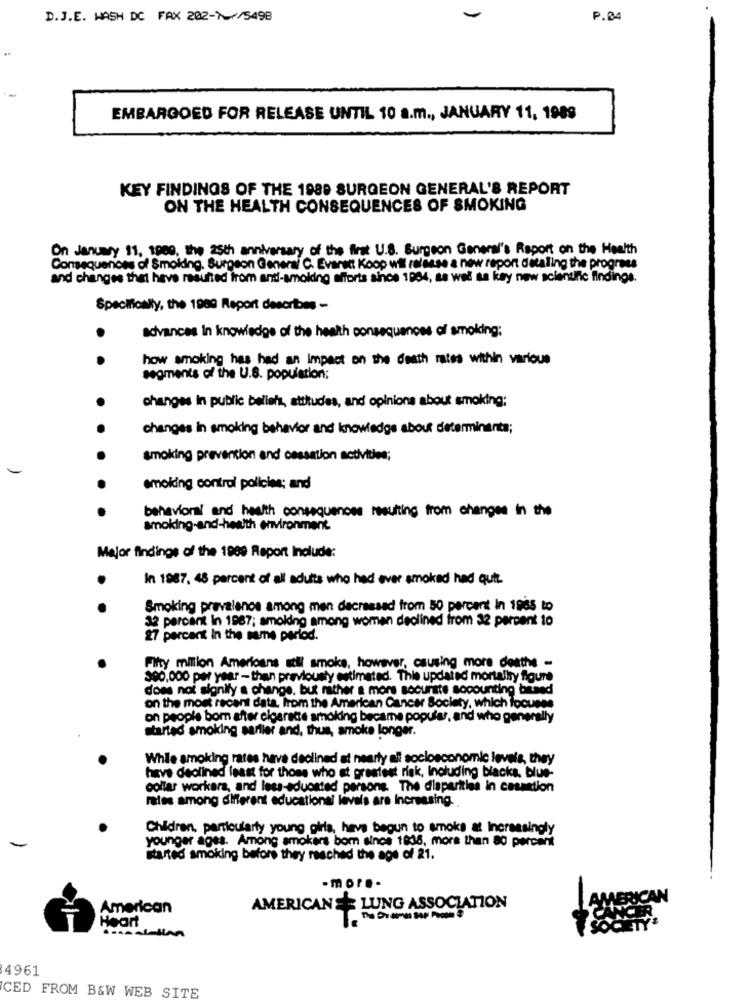
D.J.E. WASH DC FAX 202->~/5498
P. 04
EMBARGOED FOR RELEASE UNTIL 10 a.m ., JANUARY 11, 1988
KEY FINDINGS OF THE 1989 SURGEON GENERAL'S REPORT
ON THE HEALTH CONSEQUENCES OF SMOKING
On January 11, 1989, the 25th anniversary of the first U.S. Surgeon General's Report on the Health
Consequences of Smoking. Surgeon General C. Evaract Koop wil refasse a new report dataling the progress
and changes that have resulted from anti-smoking efforts since 1994, sa wel sa kay new scientific findings.
Specifically, the 1989 Report describes -
advances In knowledge of the health consequences of smoking:
.
how smoking has had an Impact on the death rates within various
segments of the U.S. population;
changes in public belleis, attitudes, and opinions about smoking;
changes in smoking behavior and knowledge about determinante;
smoking prevention and cessation activities;
-
smoking control policies; and
behavior! and health consequences resulting from changes in the
smoking-and-health environment
Major findings of the 1909 Report Include:
In 1987, 48 percent of all adults who had ever smoked had quit.
.
Smoking prevalence among men decreased from 50 percent in 1965 to
32 percent in 1987; smoking among women declined from 32 percent to
27 percent In the same period.
Fifty milion Americans stil smoke, however, causing more deathe -
390,000 per year - then previously estimated. Thie updated mortality figure
does not signify a change, but rather a more socurate socounting bitand
on the most recent data, from the American Cancer Society, which focuses
on people bom after cigarette smoking became popular, and who generally
started smoking sarller and, thus, smoke longer.
While smoking rates have declined at nearly all socioeconomic levels, they
have declined least for those who at greatest risk, Including blacks, blue-
collar workara, and less-educated parsons. The disparities in cesation
rates among different educational laveis are increasing.
Children, particularly young girls, have begun to smoke at increasingly
younger ages. Among smokers bom since 1836, more than 80 percent
started smoking before they reached the age of 21.
-mor ..
American
AMERICANS LUNG ASSOCIATION
Heart
4961
CED FROM B&W WEB SITE